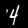
Digit: 4